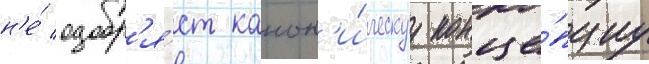
н'е́ одобр'я́ет канон'и́ческуу конце́пциу